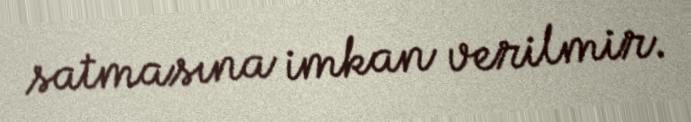
satmasına imkan verilmir.